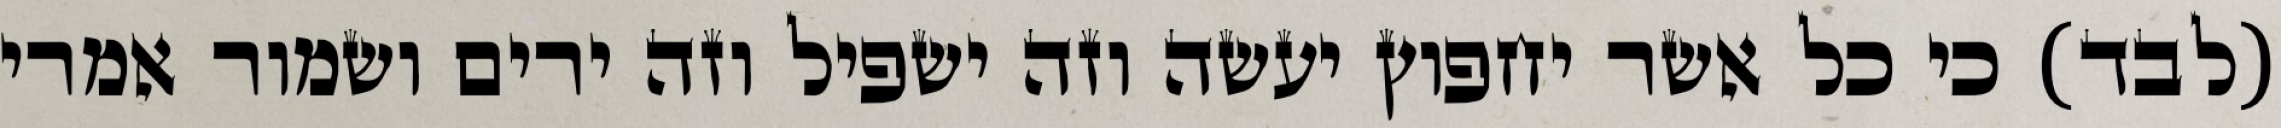
(לבד) כי כל אשר יחפוץ יעשה וזה ישפיל וזה ירים ושמור אמרי